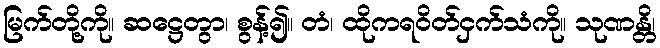
မြက်တို့ကို။ ဆဋ္ဌေတွာ၊ စွန့်၍။ တံ၊ ထိုကရဝိတ်ငှက်သံကို။ သုဏန္တိ၊